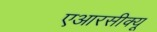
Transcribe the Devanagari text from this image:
एआरसीक्यू